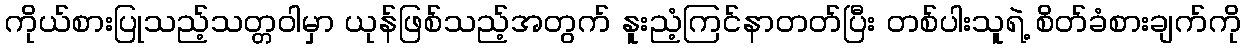
ကိုယ်စားပြုသည့်သတ္တဝါမှာ ယုန်ဖြစ်သည့်အတွက် နူးညံ့ကြင်နာတတ်ပြီး တစ်ပါးသူရဲ့ စိတ်ခံစားချက်ကို